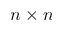
n \times n